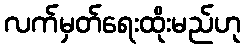
လက်မှတ်ရေးထိုးမည်ဟု